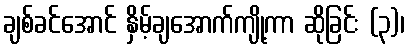
ချစ်ခင်အောင် နှိမ့်ချအောက်ကျို့ကာ ဆိုခြင်း (၃)၊